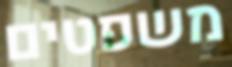
משפטים